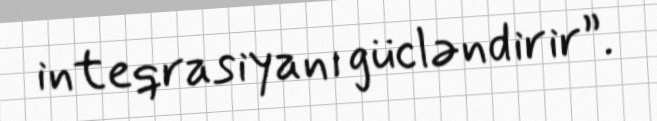
inteqrasiyanı gücləndirir”.